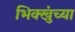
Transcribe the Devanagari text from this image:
भिक्खुंच्या